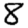
Digit: 8